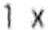
1 X